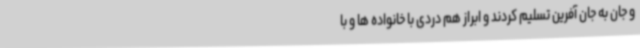
و جان به جان آفرین تسلیم کردند و ابراز هم دردی با خانواده ها و با